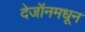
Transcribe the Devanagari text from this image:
देजॉनमधून